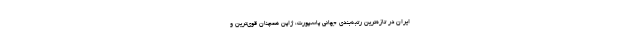
ایران در تازه‌ترین رتبه‌بندی جهانی پاسپورت، ژاپن همچنان قوی‌ترین و